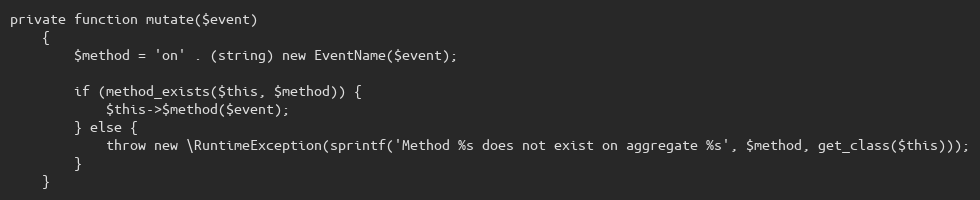
Language: PHP
private function mutate($event)
    {
        $method = 'on' . (string) new EventName($event);

        if (method_exists($this, $method)) {
            $this->$method($event);
        } else {
            throw new \RuntimeException(sprintf('Method %s does not exist on aggregate %s', $method, get_class($this)));
        }
    }